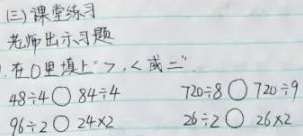
(三)课堂练习
老师出示习题
1. 在◯里填上“>”，<”或“=”．
\(48\div4\)◯\(84\div4\)  \(720\div8\)◯\(720\div9\)
\(96\div2\)◯\(24\times2\)  \(26\div2\)◯\(26\times2\)